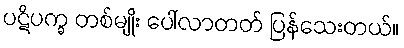
ပဋိပက္ခ တစ်မျိုး ပေါ်လာတတ် ပြန်သေးတယ်။